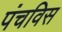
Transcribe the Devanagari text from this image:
पंचविस